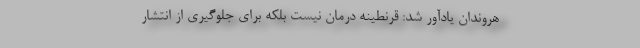
هروندان یادآور شد: قرنطینه درمان نیست بلکه برای جلوگیری از انتشار